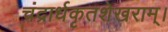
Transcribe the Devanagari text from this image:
चंद्रार्धकृतशेखराम्‌।